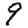
Digit: 9